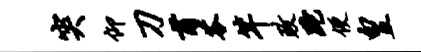
突仰刀甫苓竿政跎便皇